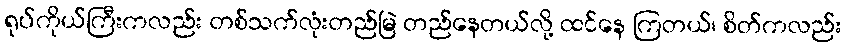
ရုပ်ကိုယ်ကြီးကလည်း တစ်သက်လုံးတည်မြဲ တည်နေတယ်လို့ ထင်နေ ကြတယ်၊ စိတ်ကလည်း